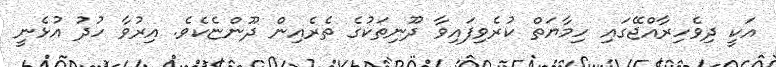
އަކީ ދިވެހިރާއްޖޭގައި ހިމާޔަތް ކުރެވިފައިވާ ދޫނިތަކުގެ ތެރެއިން ދޫންޏެކެވެ. އިރުވާ ހުދު އުޅެނީ